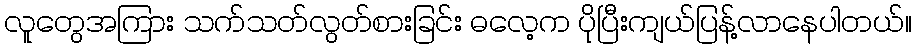
လူတွေအကြား သက်သတ်လွတ်စားခြင်း ဓလေ့က ပိုပြီးကျယ်ပြန့်လာနေပါတယ်။